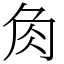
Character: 𧢲